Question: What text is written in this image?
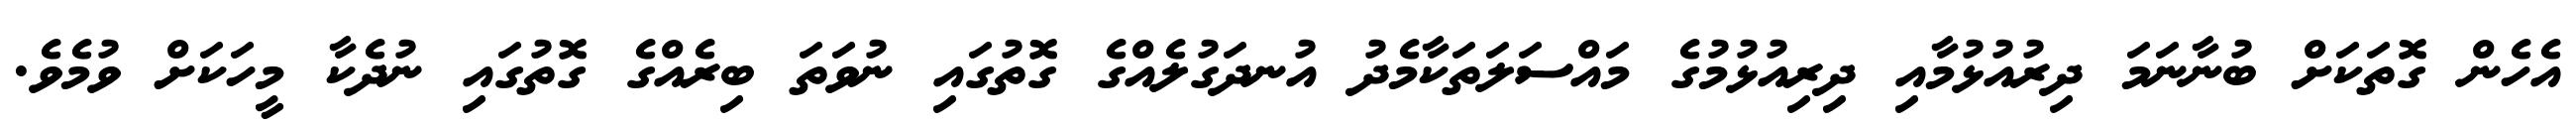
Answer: އެހެން ގޮތަކަށް ބުނާނަމަ ދިރުއުޅުމާއި ދިރިއުޅުމުގެ މައްސަލަތަކާމެދު އުނދަގުލެއްގެ ގޮތުގައި ނުވަތަ ބިރެއްގެ ގޮތުގައި ނުދެކާ މީހަކަށް ވުމެވެ.